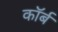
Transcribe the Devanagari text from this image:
कॉर्ब